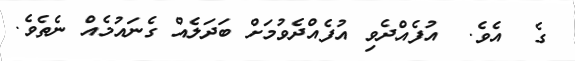
ގެ  އެވެ.  އުފެއްދެވި އުފެއްދެވުމަށް ބަދަލެއް ގެނައުމެއް ނެތެވެ.